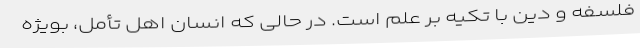
فلسفه و دین با تکیه بر علم است. در حالی که انسانِ اهل تأمل، بویژه